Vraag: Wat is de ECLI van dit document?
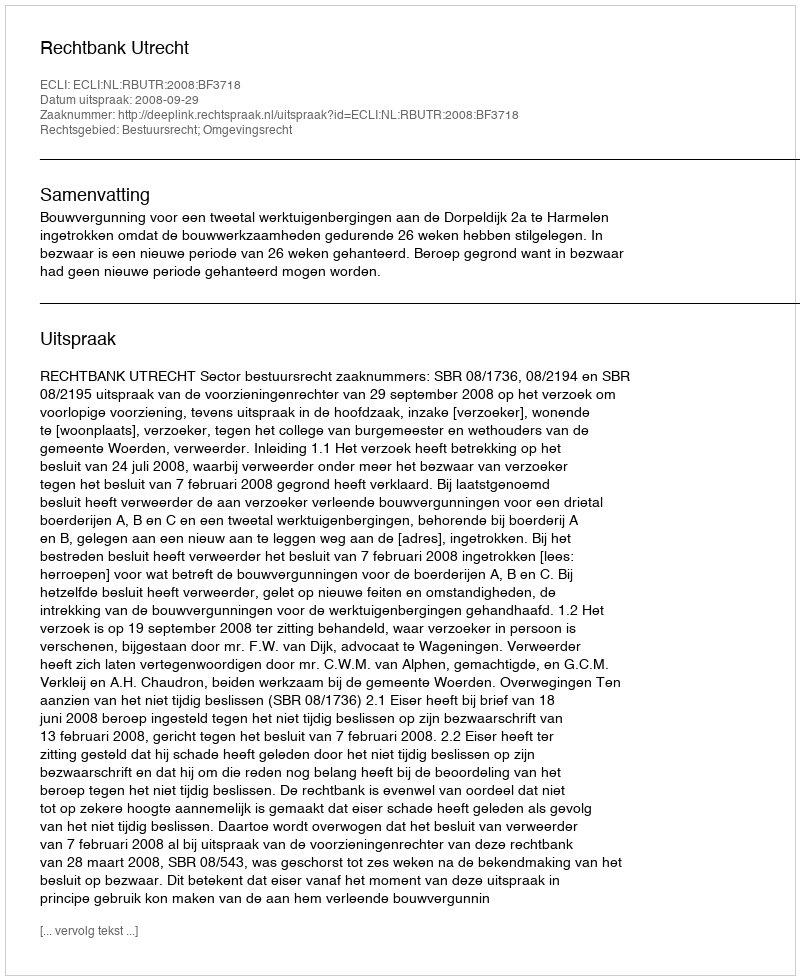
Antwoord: ECLI:NL:RBUTR:2008:BF3718